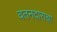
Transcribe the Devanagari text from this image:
वतनदाराचा